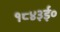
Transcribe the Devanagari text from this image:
१८४३ई०